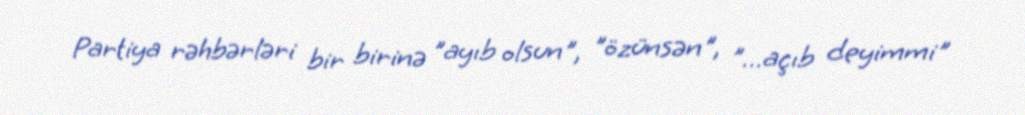
Partiya rəhbərləri bir birinə "ayıb olsun", "özünsən", "...açıb deyimmi"